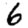
Digit: 6